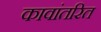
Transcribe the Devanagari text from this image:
कावांतरित